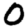
Digit: 0